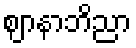
ဈာနာဘိညာ